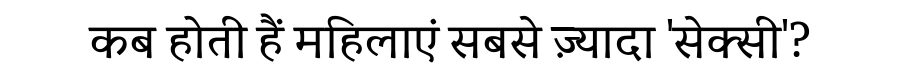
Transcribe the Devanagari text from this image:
कब होती हैं महिलाएं सबसे ज़्यादा 'सेक्सी'?